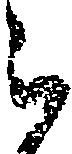
被